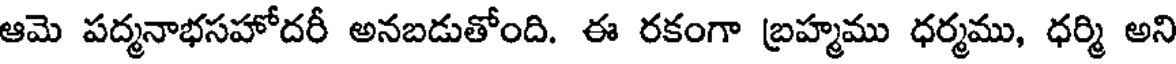
ఆమె పద్మనాభసహోదరీ అనబడుతోంది. ఈ రకంగా బ్రహ్మము ధర్మము, ధర్మి అని